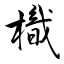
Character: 樴